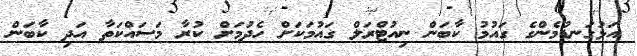
އަޅުގަނޑުމެންގެ ގައުމު ކާބަން ނިއުޓްރަލް ގައުމަކަށް ހެދުމަށް ކުރާ މަސައްކަތާ އަދި ކާބަން